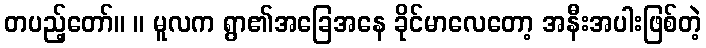
တပည့်တော်။ ။ မူလက ရွာ၏အခြေအနေ ခိုင်မာလေတော့ အနီးအပါးဖြစ်တဲ့